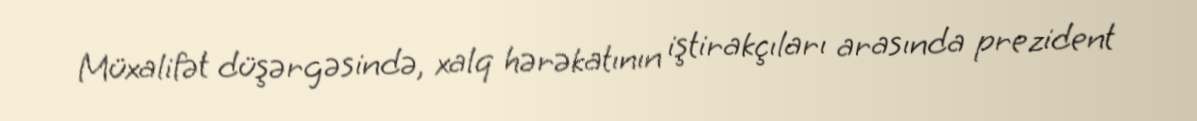
Müxalifət düşərgəsində, xalq hərəkatının iştirakçıları arasında prezident